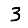
Digit: 3